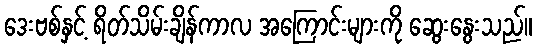
ဒေးဗစ်နှင့် ရိတ်သိမ်းချိန်ကာလ အကြောင်းများကို ဆွေးနွေးသည်။